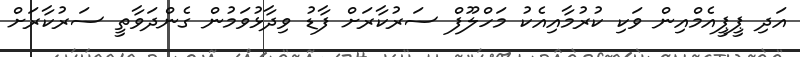
އަދި ޕީޕީއެމްއިން ވަކި ކުރުމާއިއެކު މަހްލޫފް ސަރުކާރަށް ފާޑު ވިދާޅުވަމުން ގެންދަވާތީ ސަރުކާރަށް